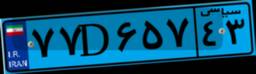
۷۷D۶۵۷۴۳